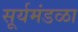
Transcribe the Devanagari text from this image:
सूर्यमंडळा